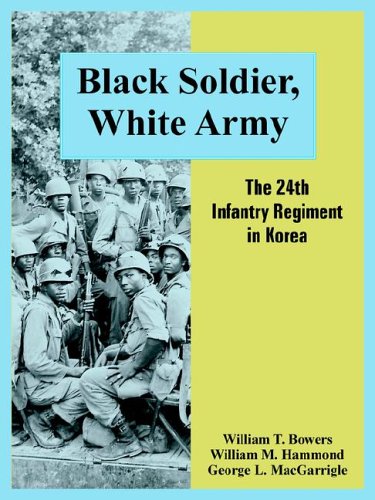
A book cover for Black Soldier, White Army: The 24th Infantry Regiment in Korea; William T. Bowers; History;